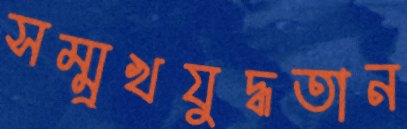
সম্মুখযুদ্ধতান